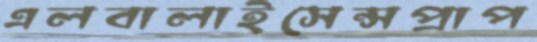
এলবালাইসেন্সপ্রাপ